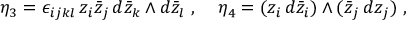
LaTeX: \eta _ { 3 } = \epsilon _ { i j k l } \, z _ { i } \bar { z } _ { j } \, d \bar { z } _ { k } \wedge d \bar { z } _ { l } \ , \; \; \; \; \eta _ { 4 } = ( z _ { i } \, d \bar { z } _ { i } ) \wedge ( \bar { z } _ { j } \, d z _ { j } ) \ , \; \; \; \;